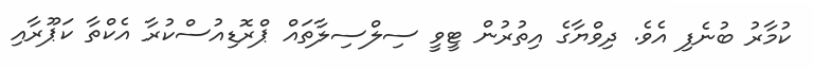
ކުމާރު ބުނެފި އެވެ. ދިވްޔާގެ އިތުރުން ޓީވީ ސިލްސިލާތައް ޕްރޮޑިއުސްކުރާ އެކްތާ ކަޕޫރާއި